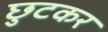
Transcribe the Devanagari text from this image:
छुटकर